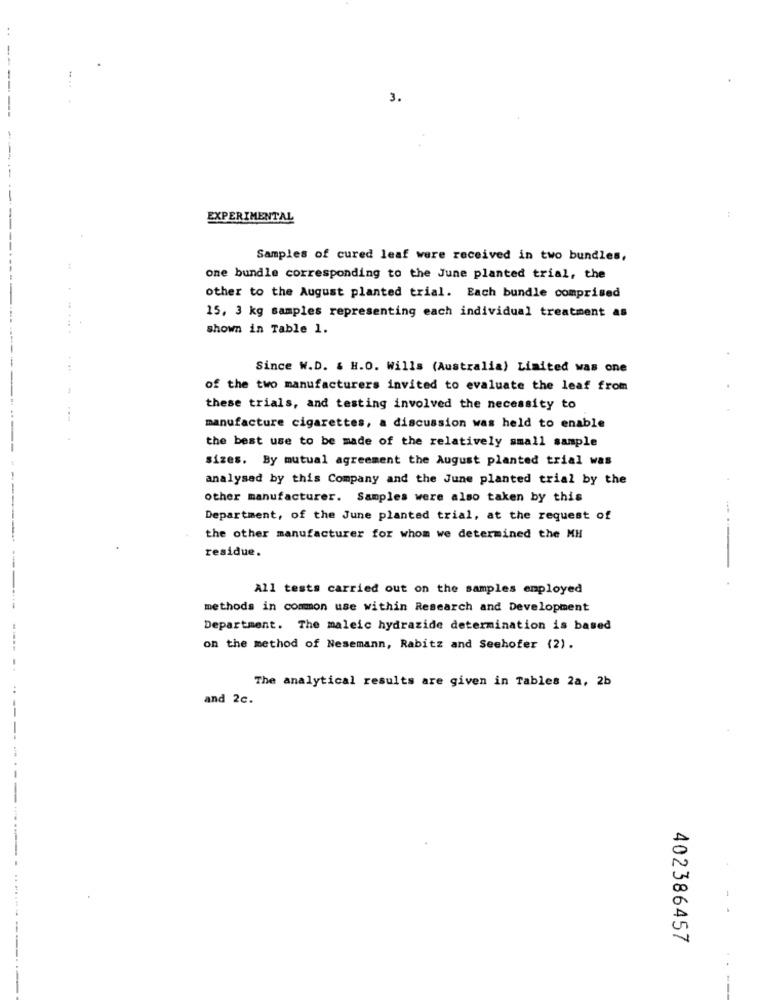
3.
EXPERIMENTAL
Samples of cured leaf were received in two bundles,
one bundle corresponding to the June planted trial, the
other to the August planted trial. Each bundle comprised
15, 3 kg samples representing each individual treatment as
shown in Table 1.
Since W.D. & H.O. Wills (Australia) Limited was one
of the two manufacturers invited to evaluate the leaf from
these trials, and testing involved the necessity to
manufacture cigarettes, a discussion was held to enable
the best use to be made of the relatively small sample
sizes. By mutual agreement the August planted trial was
analysed by this Company and the June planted trial by the
other manufacturer. Samples were also taken by this
Department, of the June planted trial, at the request of
the other manufacturer for whom we determined the MH
residue.
All tests carried out on the samples employed
......
methods in common use within Research and Development
Department. The maleic hydrazide determination is based
on the method of Nesemann, Rabitz and Seehofer (2).
The analytical results are given in Tables 2a, 2b
and 2c.
402386457